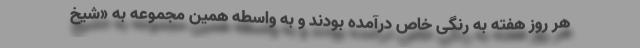
هر روز هفته به رنگی خاص درآمده بودند و به واسطه همین مجموعه به «شیخ